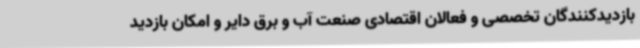
بازدیدکنندگان تخصصی و فعالان اقتصادی صنعت آب و برق دایر و امکان بازدید